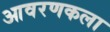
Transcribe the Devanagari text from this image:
आवरणकला